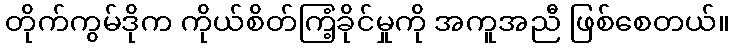
တိုက်ကွမ်ဒိုက ကိုယ်စိတ်ကြံ့ခိုင်မှုကို အကူအညီ ဖြစ်စေတယ်။